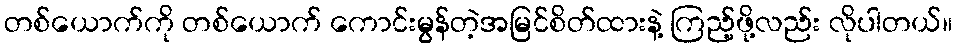
တစ်ယောက်ကို တစ်ယောက် ကောင်းမွန်တဲ့အမြင်စိတ်ထားနဲ့ ကြည့်ဖို့လည်း လိုပါတယ်။